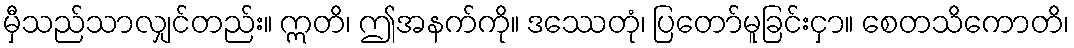
မှီသည်သာလျှင်တည်း။ ဣတိ၊ ဤအနက်ကို။ ဒဿေတုံ၊ ပြတော်မူခြင်းငှာ။ စေတသိကောတိ၊